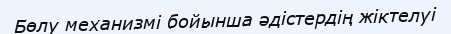
Бөлу механизмі бойынша әдістердің жіктелуі